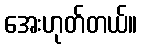
အေးဟုတ်တယ်။